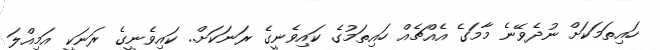
ހައިތަމަކަށް ނުދެވޭނެ މާމަގެ އެއްޗެއް ހައިތަމުގެ ކައިވެނީގެ ރަނަކަށް.. ކައިވެނީގެ ރަނަކީ އަމިއްލަ